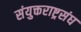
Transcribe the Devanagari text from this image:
संयुक्तराष्ट्रसंघ